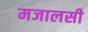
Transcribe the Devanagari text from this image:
मजालसी